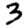
Digit: 3